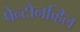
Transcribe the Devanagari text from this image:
पेन्टोनव्हिल